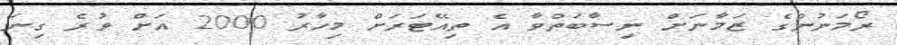
ރޯމަނުންގެ ޒަމާނަށް ނިސާބަތްވާ އެ ތިއޭޓަރަަށް މިހާރު 2000 އަށް ވުރެ ގިނަ